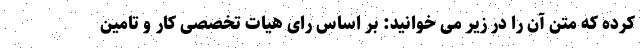
کرده که متن آن را در زیر می خوانید: بر اساس رای هیات تخصصی کار و تامین